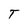
Character: T